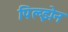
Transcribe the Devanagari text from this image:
पिल्झेन